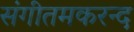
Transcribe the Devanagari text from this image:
संगीतमकरन्द